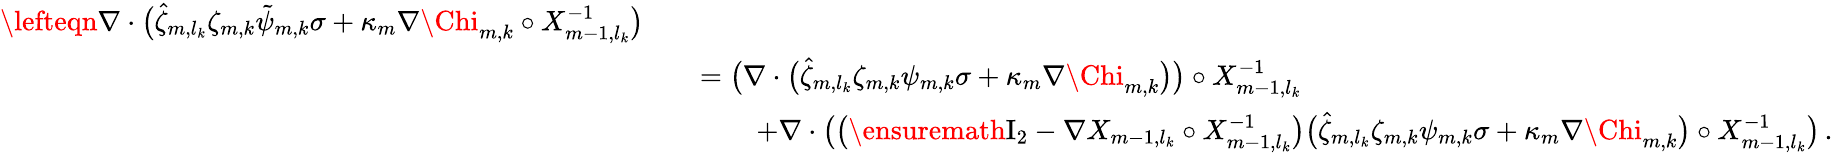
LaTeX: \begin{array}{rl}{\lefteqn{\nabla\cdot\bigl(\hat{\zeta}_{m,l_{k}}\zeta_{m,k}\tilde{\psi}_{m,k}\sigma+\kappa_{m}\nabla{\Chi}_{m,k}\circ X_{m-1,l_{k}}^{-1}\bigr)}\quad}&{}\\ &{=\bigl(\nabla\cdot\bigl(\hat{\zeta}_{m,l_{k}}\zeta_{m,k}{\psi}_{m,k}\sigma+\kappa_{m}\nabla{\Chi}_{m,k}\bigr)\bigr)\circ X_{m-1,l_{k}}^{-1}}\\ &{\qquad+\nabla\cdot\bigl(\bigl(\ensuremath{\mathrm{I}_{2}}-\nabla X_{m-1,l_{k}}\circ X_{m-1,l_{k}}^{-1}\bigr)\bigl(\hat{\zeta}_{m,l_{k}}\zeta_{m,k}{\psi}_{m,k}\sigma+\kappa_{m}\nabla{\Chi}_{m,k}\bigr)\circ X_{m-1,l_{k}}^{-1}\bigr)\, .}\end{array}